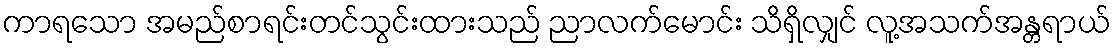
ကာရသော အမည်စာရင်းတင်သွင်းထားသည် ညာလက်မောင်း သိရှိလျှင် လူ့အသက်အန္တရာယ်